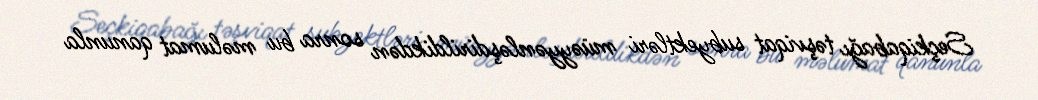
Seçkiqabağı təşviqat subyektləri müəyyənləşdirildikdən sonra bu məlumat qanunla